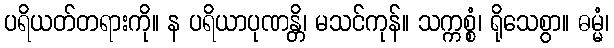
ပရိယတ်တရားကို။ န ပရိယာပုဏန္တိ၊ မသင်ကုန်။ သက္ကစ္စံ၊ ရိုသေစွာ။ ဓမ္မံ၊